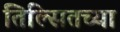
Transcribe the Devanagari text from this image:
तिल्सितच्या